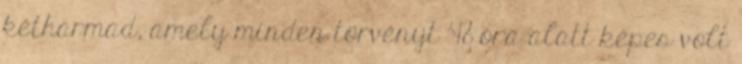
kétharmad, amely minden törvényt 48 óra alatt képes volt